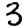
Digit: 3